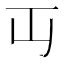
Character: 𬺶